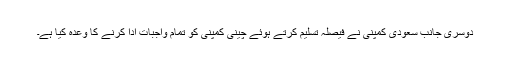
دوسری جانب سعودی کمپنی نے فیصلہ تسلیم کرتے ہوئے چینی کمپنی کو تمام واجبات ادا کرنے کا وعدہ کیا ہے۔